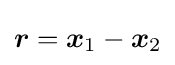
{\boldsymbol {r}}={\boldsymbol {x}}_{1}-{\boldsymbol {x}}_{2}